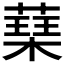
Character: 𮑃